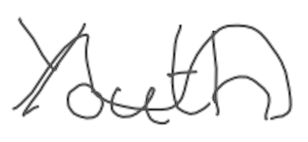
Text: Youth
Cross-out: wave
Writing tool: digital_gray